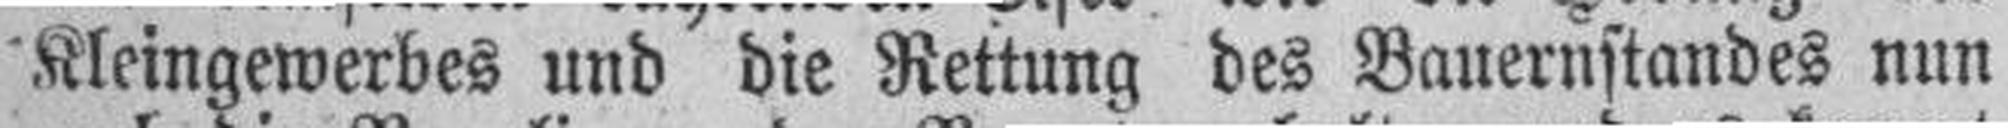
Kleingewerbes und die Rettung des Bauernstandes nun